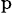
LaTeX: ^\mathrm{p}